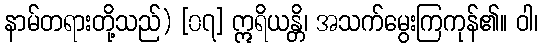
နာမ်တရားတို့သည်) [၀၇] ဣရိယန္တိ၊ အသက်မွေးကြကုန်၏။ ဝါ၊